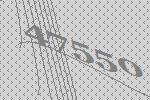
47550